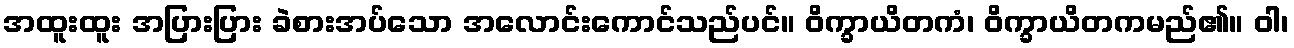
အထူးထူး အပြားပြား ခဲစားအပ်သော အလောင်းကောင်သည်ပင်။ ဝိက္ခာယိတကံ၊ ဝိက္ခာယိတကမည်၏။ ဝါ၊